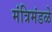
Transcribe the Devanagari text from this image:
मंत्रिमंडळे